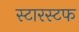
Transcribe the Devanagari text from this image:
स्टारस्टफ